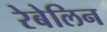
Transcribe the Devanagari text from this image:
रेबेलिन